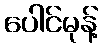
ပေါင်မုန့်